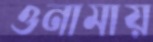
ওনামায়